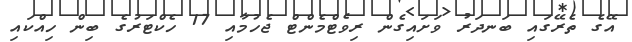
އޭގެ ތެރޭގައި ބަނދަރު ވަށައިގެން ރިވެޓްމެންޓް ޖެހުމާއި 17 ހެކްޓަރުގެ ބިން ހިއްކައި